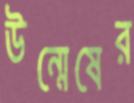
উন্মেষের